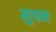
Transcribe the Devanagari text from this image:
मुचन